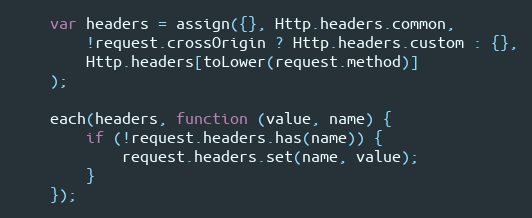
Language: JavaScript
    var headers = assign({}, Http.headers.common,
        !request.crossOrigin ? Http.headers.custom : {},
        Http.headers[toLower(request.method)]
    );

    each(headers, function (value, name) {
        if (!request.headers.has(name)) {
            request.headers.set(name, value);
        }
    });